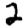
Digit: 2